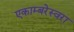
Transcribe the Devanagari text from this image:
एकाम्बरेस्वरा